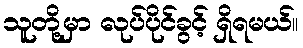
သူတို့မှာ လုပ်ပိုင်ခွင့် ရှိရမယ်။